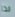
لذا